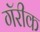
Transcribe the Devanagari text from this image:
गॅरीक